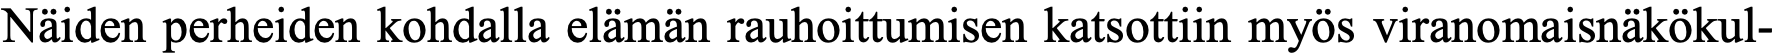
Näiden perheiden kohdalla elämän rauhoittumisen katsottiin myös viranomaisnäkökul-